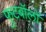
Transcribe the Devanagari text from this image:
फुटबॉलों